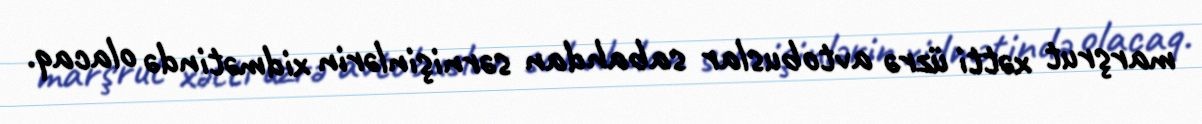
marşrut xətti üzrə avtobuslar sabahdan sərnişinlərin xidmətində olacaq.